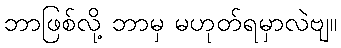
ဘာဖြစ်လို့ ဘာမှ မဟုတ်ရမှာလဲဗျ။